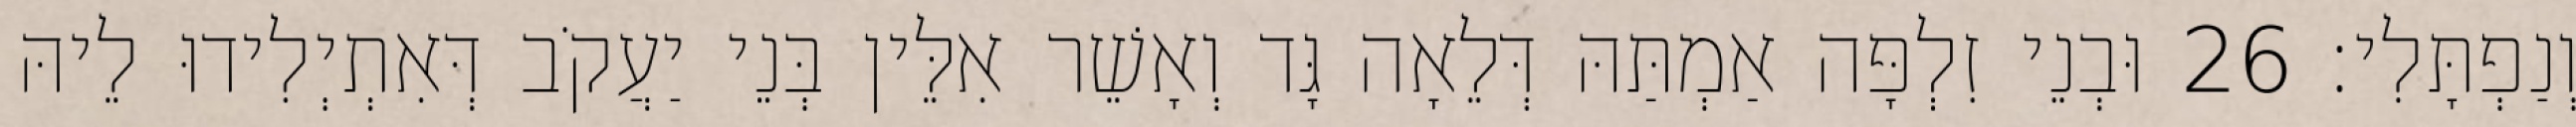
וְנַפְתָּלִי׃ 26 וּבְנֵי זִלְפָּה אַמְתַּהּ דְּלֵאָה גָּד וְאָשֵׁר אִלֵּין בְּנֵי יַעֲקֹב דְּאִתְיְלִידוּ לֵיהּ